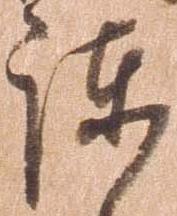
諫